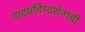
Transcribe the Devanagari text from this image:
नाट्यदिग्दर्शनाची